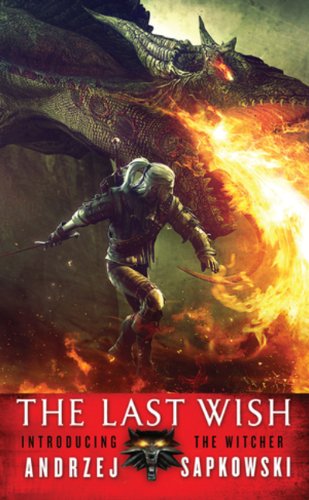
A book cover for The Last Wish: Introducing The Witcher; Andrzej Sapkowski; Science Fiction & Fantasy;